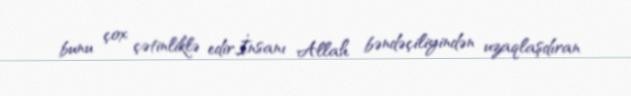
bunu çox çətinliklə edir.İnsanı Allah bəndəçiliyindən uzaqlaşdıran